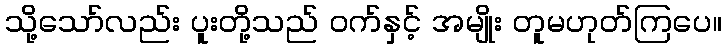
သို့သော်လည်း ပူးတို့သည် ဝက်နှင့် အမျိုး တူမဟုတ်ကြပေ။